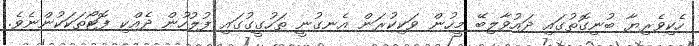
ހެކިވެރިޔާ ބުނިގޮތުގައި ދައުވާލިބޭ މީހުން ވަކިކުރަން އެނގުނީ ތަހުގީގުގައި ފުލުހުން ދެއްކި ފޮޓޯތަކަކުންނެވެ.